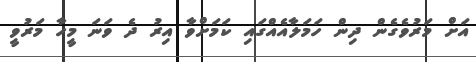
އަށް މަރުވެގެން ދިން ހަމަލާއެއްގައި ކަމަށްވާ އިރު ދެ ވަނަ މީހާ މަރުވީ